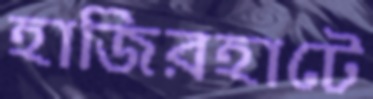
হাজিরহাটে